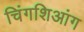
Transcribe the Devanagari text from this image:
चिंगशिआंग